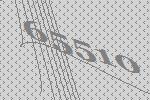
65510